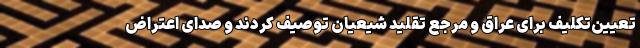
تعیین‌تکلیف برای عراق و مرجع تقلید شیعیان توصیف کردند و صدای اعتراض